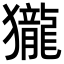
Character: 𪚓